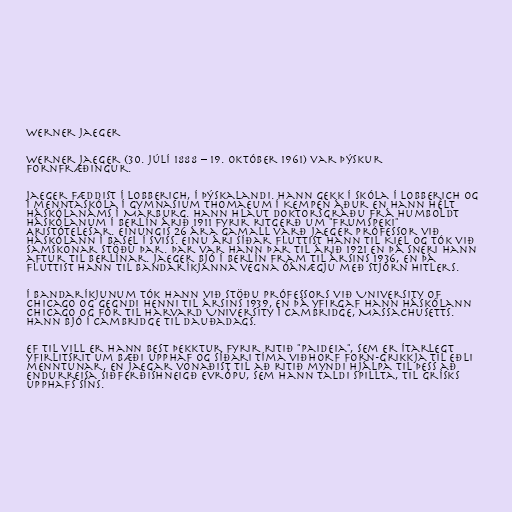
Werner Jaeger

Werner Jaeger (30. júlí 1888 – 19. október 1961) var þýskur
fornfræðingur.

Jaeger fæddist í Lobberich, í Þýskalandi. Hann gekk í skóla í Lobberich og
í menntaskóla í Gymnasium Thomaeum í Kempen áður en hann hélt
háskólanáms í Marburg. Hann hlaut doktorsgráðu frá Humboldt
háskólanum í Berlín árið 1911 fyrir ritgerð um "Frumspeki"
Aristótelesar. Einungis 26 ára gamall varð Jaeger prófessor við
háskólann í Basel í Sviss. Einu ári síðar fluttist hann til Kiel og tók við
samskonar stöðu þar. Þar var hann þar til árið 1921 en þá sneri hann
aftur til Berlínar. Jaeger bjó í Berlín fram til ársins 1936, en þá
fluttist hann til Bandaríkjanna vegna óánægju með stjórn Hitlers.

Í Bandaríkjunum tók hann við stöðu prófessors við University of
Chicago og gegndi henni til ársins 1939, en þá yfirgaf hann háskólann
Chicago og fór til Harvard University í Cambridge, Massachusetts.
Hann bjó í Cambridge til dauðadags.

Ef til vill er hann best þekktur fyrir ritið "Paideia", sem er ítarlegt
yfirlitsrit um bæði upphaf og síðari tíma viðhorf Forn-Grikkja til eðli
menntunar, en Jaegar vonaðist til að ritið myndi hjálpa til þess að
endurreisa siðferðishneigð Evrópu, sem hann taldi spillta, til grísks
upphafs síns.